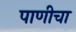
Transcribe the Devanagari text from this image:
पाणीचा